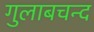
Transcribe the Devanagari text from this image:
गुलाबचन्द